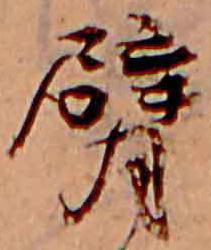
臂